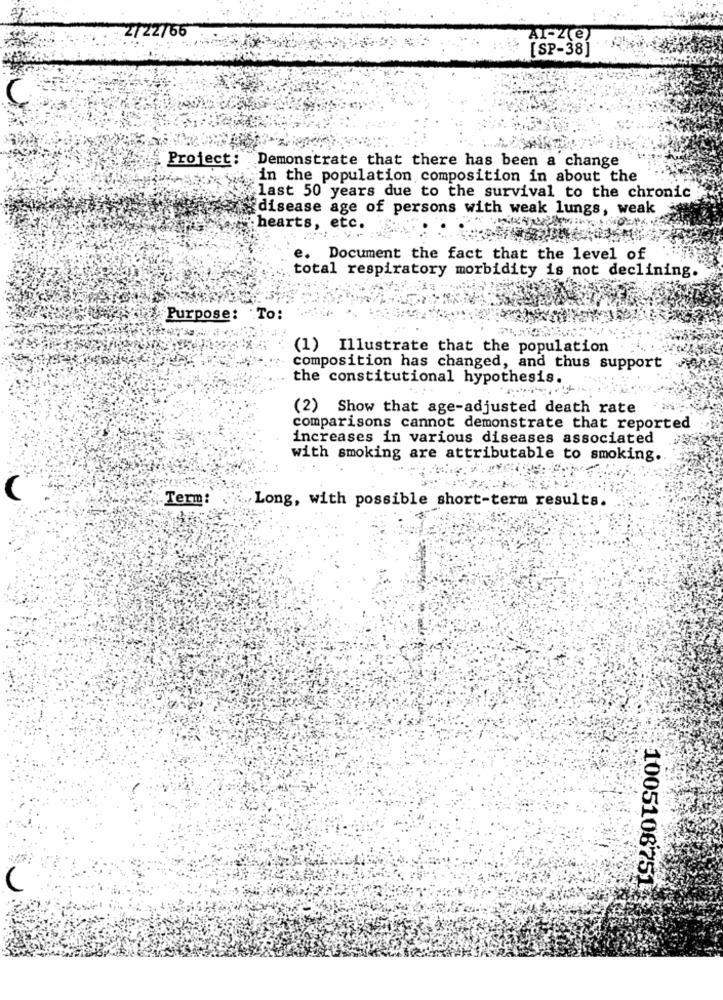
2722766
AI-Z(e)
[SP-38]
Project :
Demonstrate that there has been a change
in the population composition in about the
last 50 years due to the survival to the chronic
disease age of persons with weak lungs, weak
hearts, etc.
e. Document the fact that the level of
total respiratory morbidity is not declining.
Purpose: To:
(1) Illustrate that the population
composition has changed, and thus support
the constitutional hypothesis.
(2) Show that age-adjusted death rate
comparisons cannot demonstrate that reported
increases in various diseases associated
with smoking are attributable to smoking.
C
Term:
Long, with possible short-term results.
1005106751